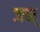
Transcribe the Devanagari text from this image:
जन्‌